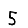
Digit: 5